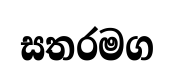
සතරමග